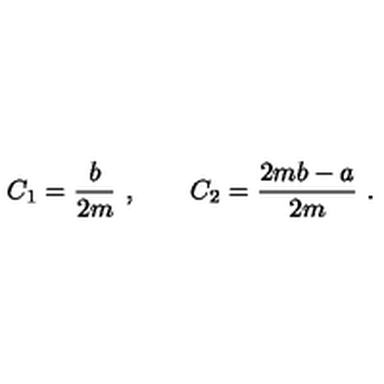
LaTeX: C _ { 1 } = \frac { b } { 2 m } \ , \qquad C _ { 2 } = \frac { 2 m b - a } { 2 m } \ .